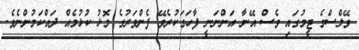
ވޭލްސްގެ ޓީމުގައި ވެސް އޭނާ އަންނަނީ ފާހަގަކުރެވޭ ފެންވަރުގެ މޮޅު ކުޅުމެއް ދައްކަމުންނެވެ.